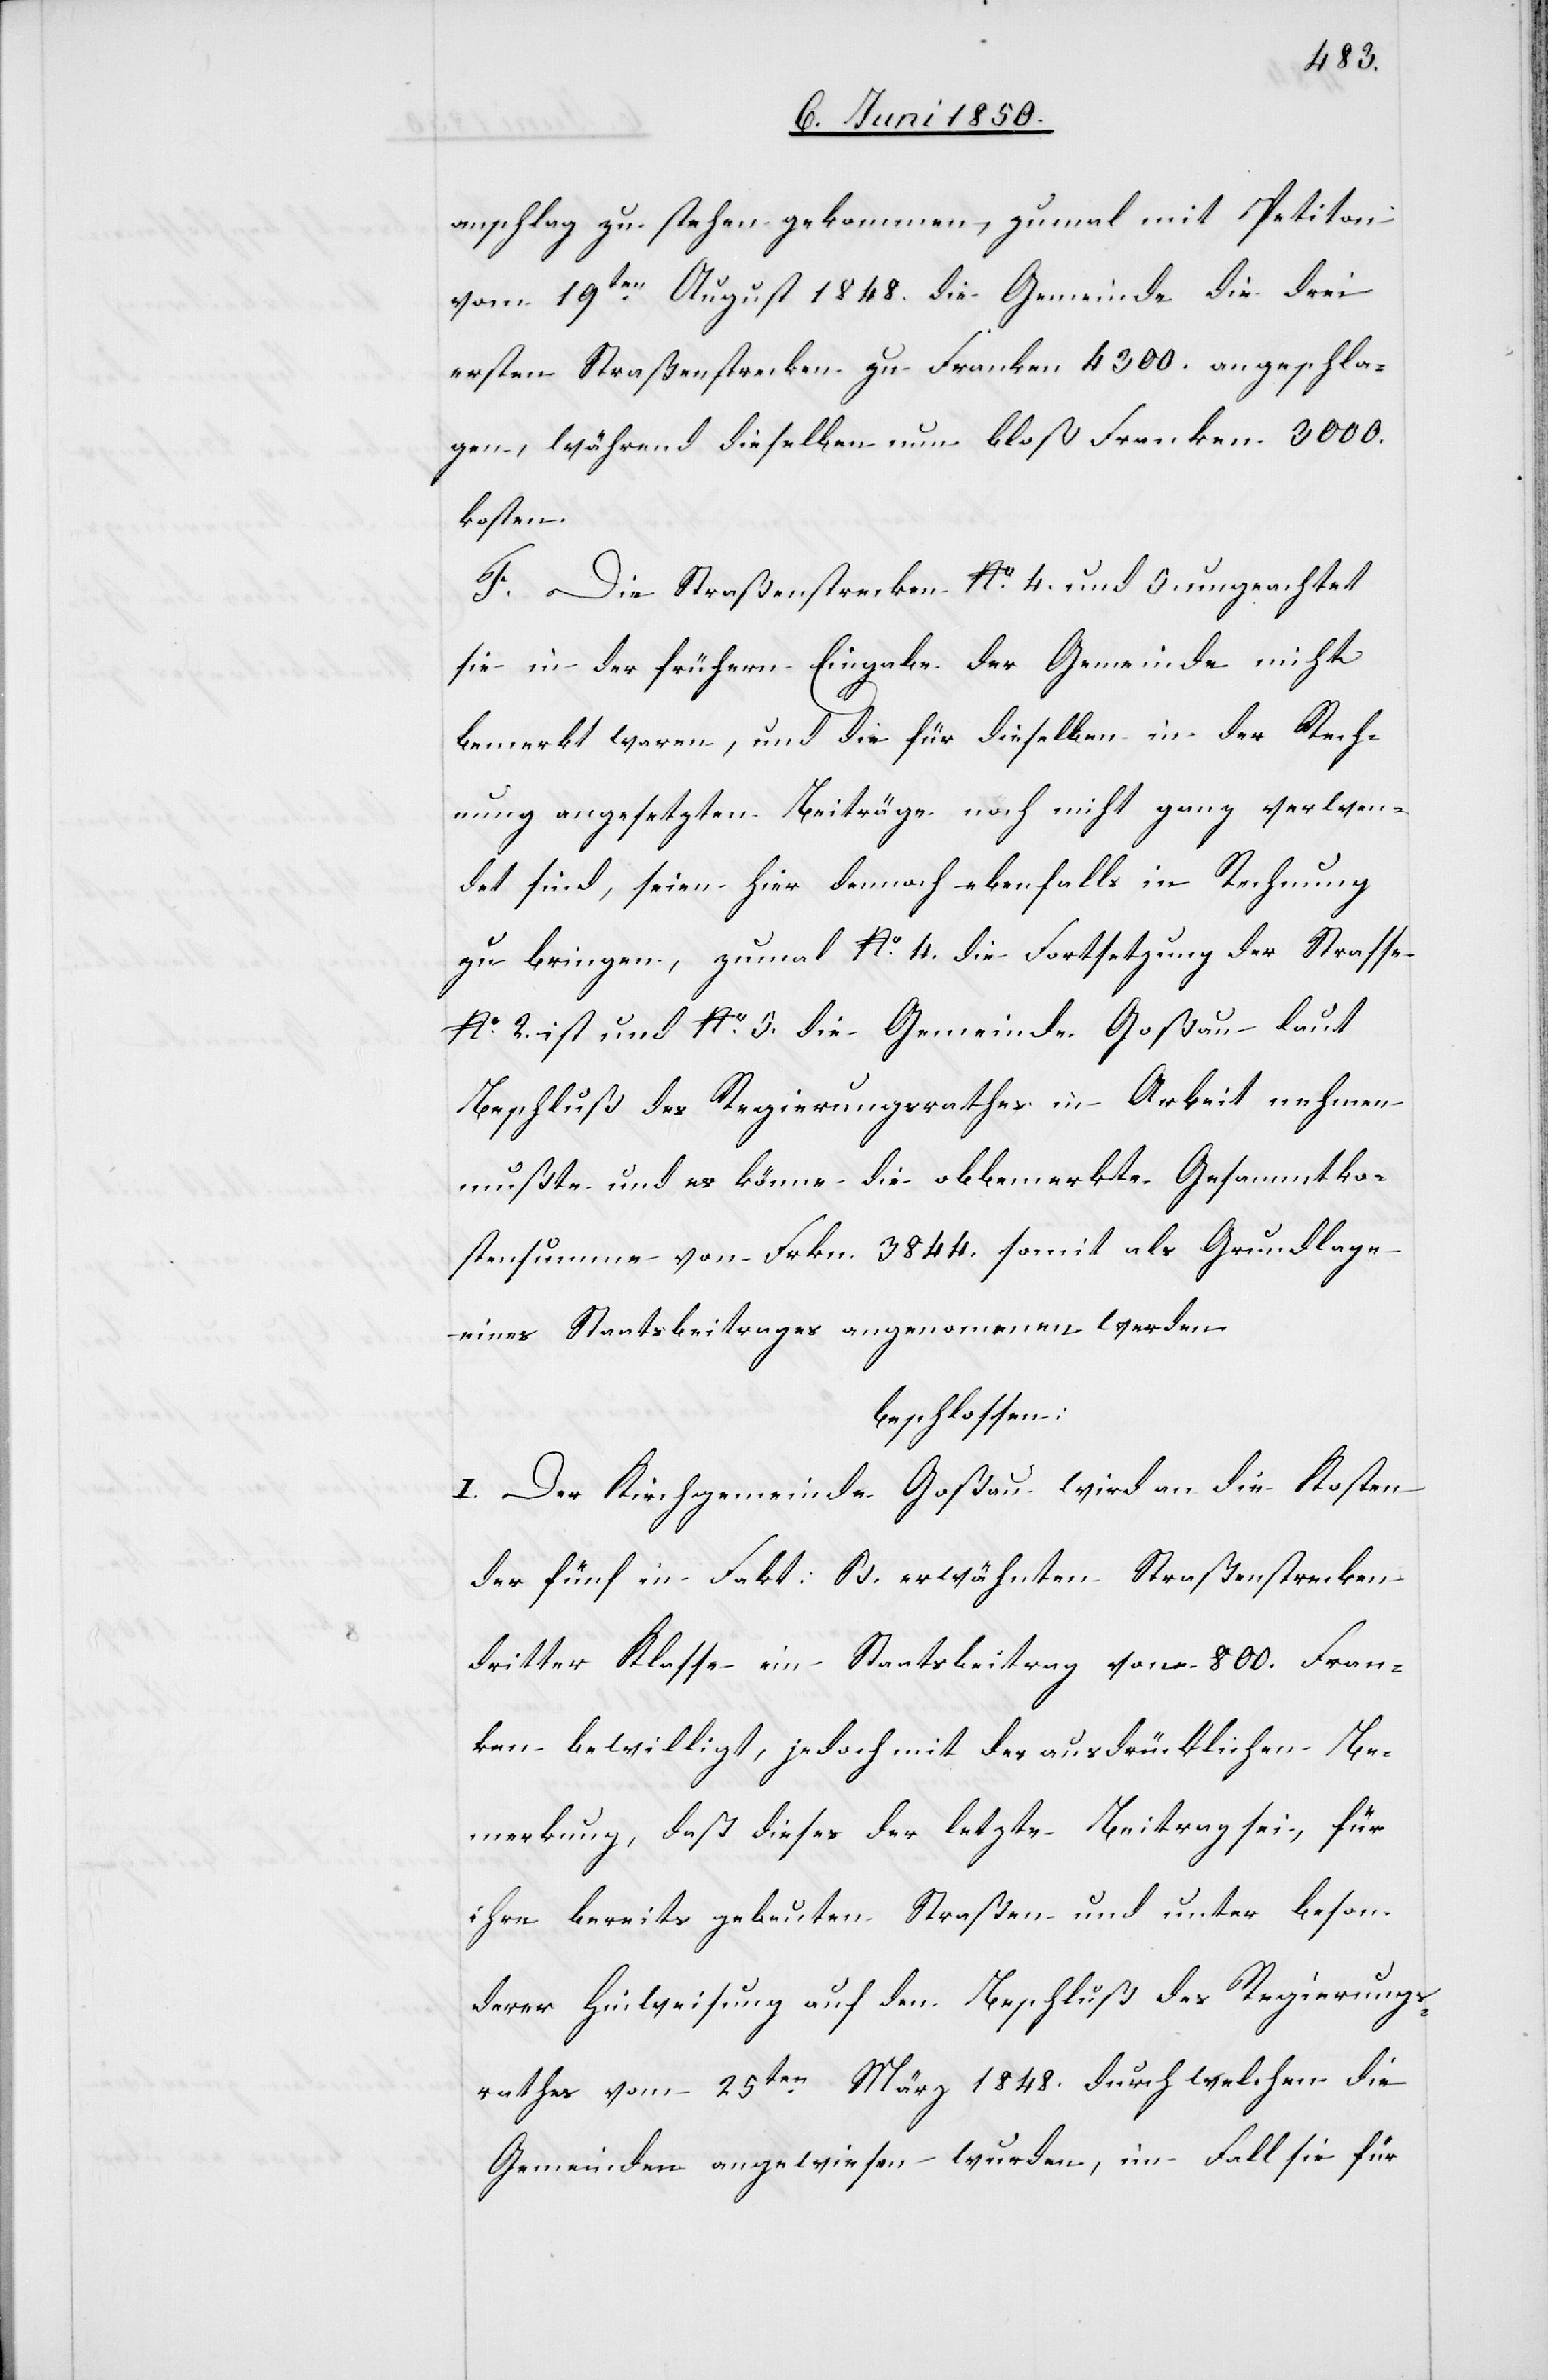
anschlag zu stehen gekommen, zumal mit Petition
vom 19ten August 1848. die Gemeinde die drei
ersten Straßenstrecken zu Franken 4300. angeschla¬
gen, während dieselben nun bloß Franken 3000.
kosten.
F. Die Straßenstrecken No. 4. und 5. ungeachtet
sie in der frühern Eingabe der Gemeinde nicht
bemerkt waren, und die für dieselben in der Rech¬
nung angesetzten Beiträge noch nicht ganz verwen¬
det sind, seien hier dennoch ebenfalls in Rechnung
zu bringen, zumal No. 4. die Fortsetzung der Strasse
No. 2. ist und No. 5. die Gemeinde Goßau laut
Beschluß des Regierungsrathes in Arbeit nehmen
mußte und es könne die obbemerkte Gesammtko¬
stensumme von Frkn. 3844. somit als Grundlage
eines Staatsbeitrages angenommen werden.
beschlossen:
I. Der Kirchgemeinde Goßau wird an die Kosten
der fünf in Fakt: B. erwähnten Straßenstrecken
dritter Klasse ein Staatsbeitrag von 800. Fran¬
ken bewilligt, jedoch mit der ausdrücklichen Be¬
merkung, daß dieses der letzte Beitrag sei, für
ihre bereits gebauten Straßen und unter beson¬
derer Hinweisung auf den Beschluß des Regierungs¬
rathes vom 25ten März 1848 durch welchen die
Gemeinden angewiesen wurden, im Fall sie für